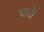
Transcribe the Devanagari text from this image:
घावे